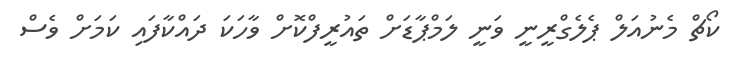
ކޯޗް މެނުއަލް ޕެލެގްރީނީ ވަނީ ލަމްޕާޑަށް ތައުރީފްކޮށް ވާހަކަ ދައްކާފައި ކަމަށް ވެސް